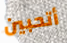
أتحبين